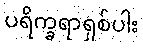
ပရိက္ခရာရှစ်ပါး